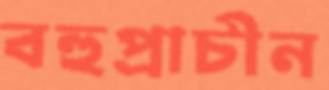
বহুপ্রাচীন